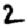
Digit: 2